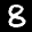
Label: 8